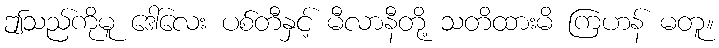
ဤသည်ကိုမူ ဒေါ်လေး ပစ်တီနှင့် မီလာနီတို့ သတိထားမိ ကြဟန် မတူ။